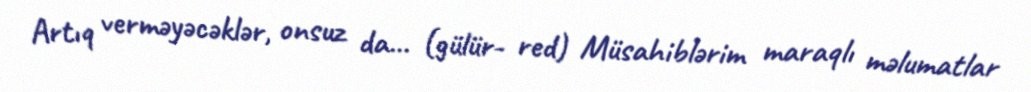
Artıq verməyəcəklər, onsuz da... (gülür- red) Müsahiblərim maraqlı məlumatlar